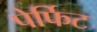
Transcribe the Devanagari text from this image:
पेर्फिट